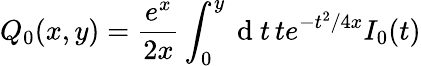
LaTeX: Q_{0}(x,y)=\frac{e^{x}}{2x}\int_{0}^{y}\mathrm{~d~}t\, te^{-t^{2}/4x}I_{0}(t)